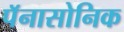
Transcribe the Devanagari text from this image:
पॅनासोनिक